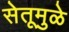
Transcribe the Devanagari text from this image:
सेतूमुळे